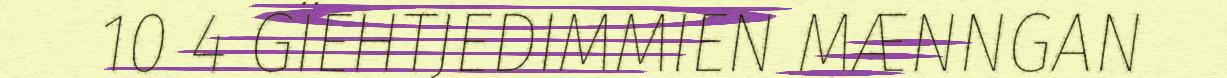
10 4 GÏEHTJEDIMMIEN MÆNNGAN